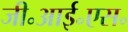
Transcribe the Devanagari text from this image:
जी॰आई॰एस॰